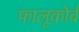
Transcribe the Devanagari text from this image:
फालूकोर्व